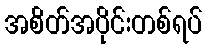
အစိတ်အပိုင်းတစ်ရပ်